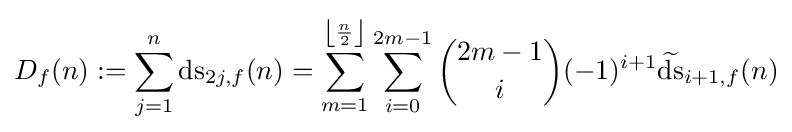
D_{f}(n):=\sum _{j=1}^{n}\operatorname {ds} _{2j,f}(n)=\sum _{m=1}^{\left\lfloor {\frac {n}{2}}\right\rfloor }\sum _{i=0}^{2m-1}{\binom {2m-1}{i}}(-1)^{i+1}{\widetilde {\operatorname {ds} }}_{i+1,f}(n)